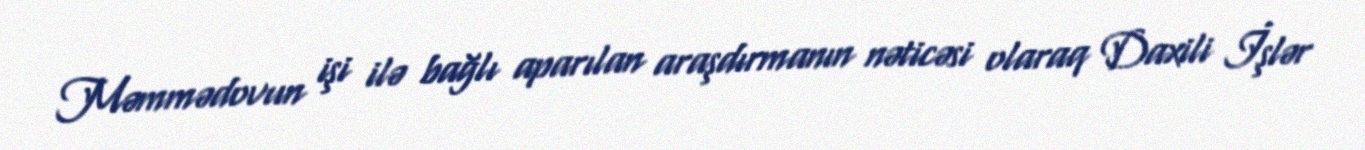
Məmmədovun işi ilə bağlı aparılan araşdırmanın nəticəsi olaraq Daxili İşlər